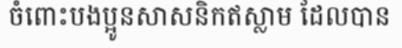
ចំពោះបងប្អូនសាសនិកឥស្លាម ដែលបាន